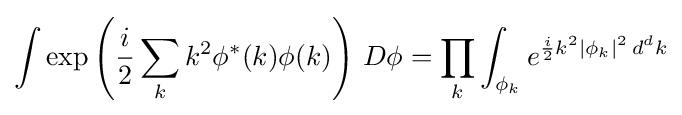
\int \exp \left({\frac {i}{2}}\sum _{k}k^{2}\phi ^{*}(k)\phi (k)\right)\,D\phi =\prod _{k}\int _{\phi _{k}}e^{{\frac {i}{2}}k^{2}\left|\phi _{k}\right|^{2}\,d^{d}k}